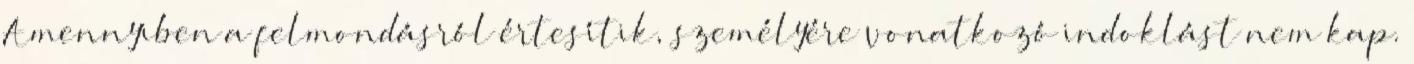
Amennyiben a felmondásról értesítik, személyére vonatkozó indoklást nem kap.